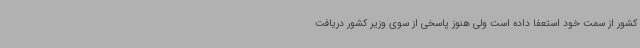
کشور از سمت خود استعفا داده است ولی هنوز پاسخی از سوی وزیر کشور دریافت